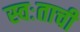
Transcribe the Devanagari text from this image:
स्वःताची